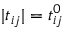
| t _ { i j } | = t _ { i j } ^ { 0 }